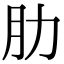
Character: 肋